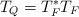
LaTeX: \begin{align*} T_Q = T_F^*T_F \end{align*}